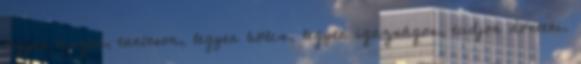
legyen tiszta, tanítson, legyen bölcs, legyen igazságos, tudjon dönteni.